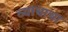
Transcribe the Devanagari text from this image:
व्याधाचा